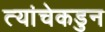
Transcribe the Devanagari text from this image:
त्यांचेकडुन